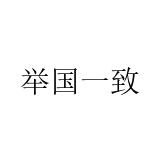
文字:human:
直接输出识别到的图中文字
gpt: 举国一致